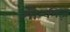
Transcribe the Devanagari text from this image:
मौन्कीज़